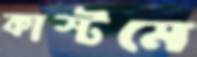
কাস্টমে